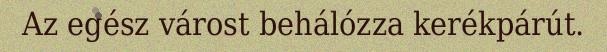
Az egész várost behálózza kerékpárút.